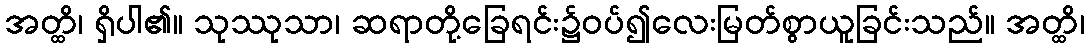
အတ္ထိ၊ ရှိပါ၏။ သုဿုသာ၊ ဆရာတို့ခြေရင်း၌ဝပ်၍လေးမြတ်စွာယူခြင်းသည်။ အတ္ထိ၊